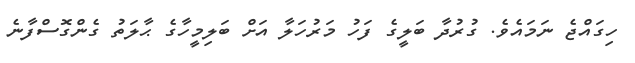
ހިގައްޖެ ނަމައެވެ. ގުރުދާ ބަލީގެ ފަހު މަރުހަލާ އަށް ބަލިމީހާގެ ޙާލަތު ގެންގޮސްފާނެ